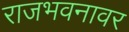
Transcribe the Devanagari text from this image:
राजभवनावर